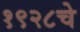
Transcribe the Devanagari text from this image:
१९२८चे